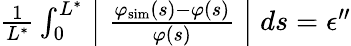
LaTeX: \begin{array}{r}{\frac{1}{L^{*}}\int_{0}^{L^{*}}\Bigm\lvert\frac{\varphi_{\mathrm{sim}}\left(s\right)-\varphi\left(s\right)}{\varphi\left(s\right)}\Bigm\rvert ds=\epsilon^{\prime\prime}}\end{array}